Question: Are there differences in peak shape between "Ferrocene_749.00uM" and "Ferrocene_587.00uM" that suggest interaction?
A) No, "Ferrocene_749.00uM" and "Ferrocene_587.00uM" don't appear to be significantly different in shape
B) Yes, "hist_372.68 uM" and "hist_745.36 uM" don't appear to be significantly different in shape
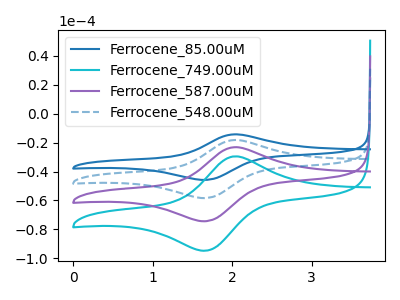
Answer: <think>The blue curve "Ferrocene_85.00uM" has an anodic peak at (2.05V, -69.45uA) and a cathodic peak at (1.65V, -223.05uA). The cyan curve "Ferrocene_749.00uM" has an anodic peak at (2.05V, -29.50uA) and a cathodic peak at (1.65V, -94.75uA). The purple curve "Ferrocene_587.00uM" has an anodic peak at (2.05V, -23.15uA) and a cathodic peak at (1.65V, -74.35uA). The blue dashed curve "Ferrocene_548.00uM" has an anodic peak at (2.05V, -46.30uA) and a cathodic peak at (1.65V, -148.70uA).
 All the peaks in "Ferrocene_749.00uM" have a peak in "Ferrocene_587.00uM" at the same potential.</think>
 <answer>A) No, "Ferrocene_749.00uM" and "Ferrocene_587.00uM" don't appear to be significantly different in shape</answer>
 <eval>A</eval>